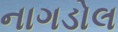
નાગડોલ